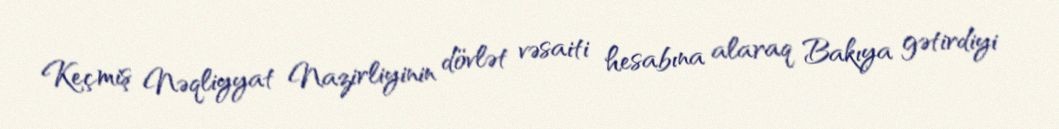
Keçmiş Nəqliyyat Nazirliyinin dövlət vəsaiti hesabına alaraq Bakıya gətirdiyi